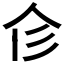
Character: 𢒃